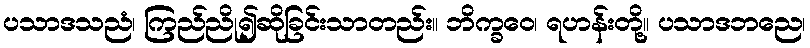
ပသာဒသညံ၊ ကြည်ညို၍ဆိုခြင်းသာတည်း။ ဘိက္ခဝေ၊ ရဟန်းတို့။ ပသာဒဘညေ၊